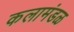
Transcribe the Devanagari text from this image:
कलामंडळ